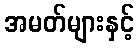
အမတ်များနှင့်